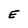
Character: E